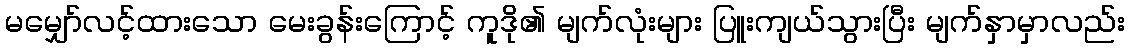
မမျှော်လင့်ထားသော မေးခွန်းကြောင့် ကူဒို၏ မျက်လုံးများ ပြူးကျယ်သွားပြီး မျက်နှာမှာလည်း